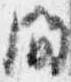
間